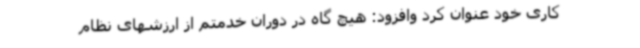
کاری خود عنوان کرد وافزود: هیچ گاه در دوران خدمتم از ارزشهای نظام